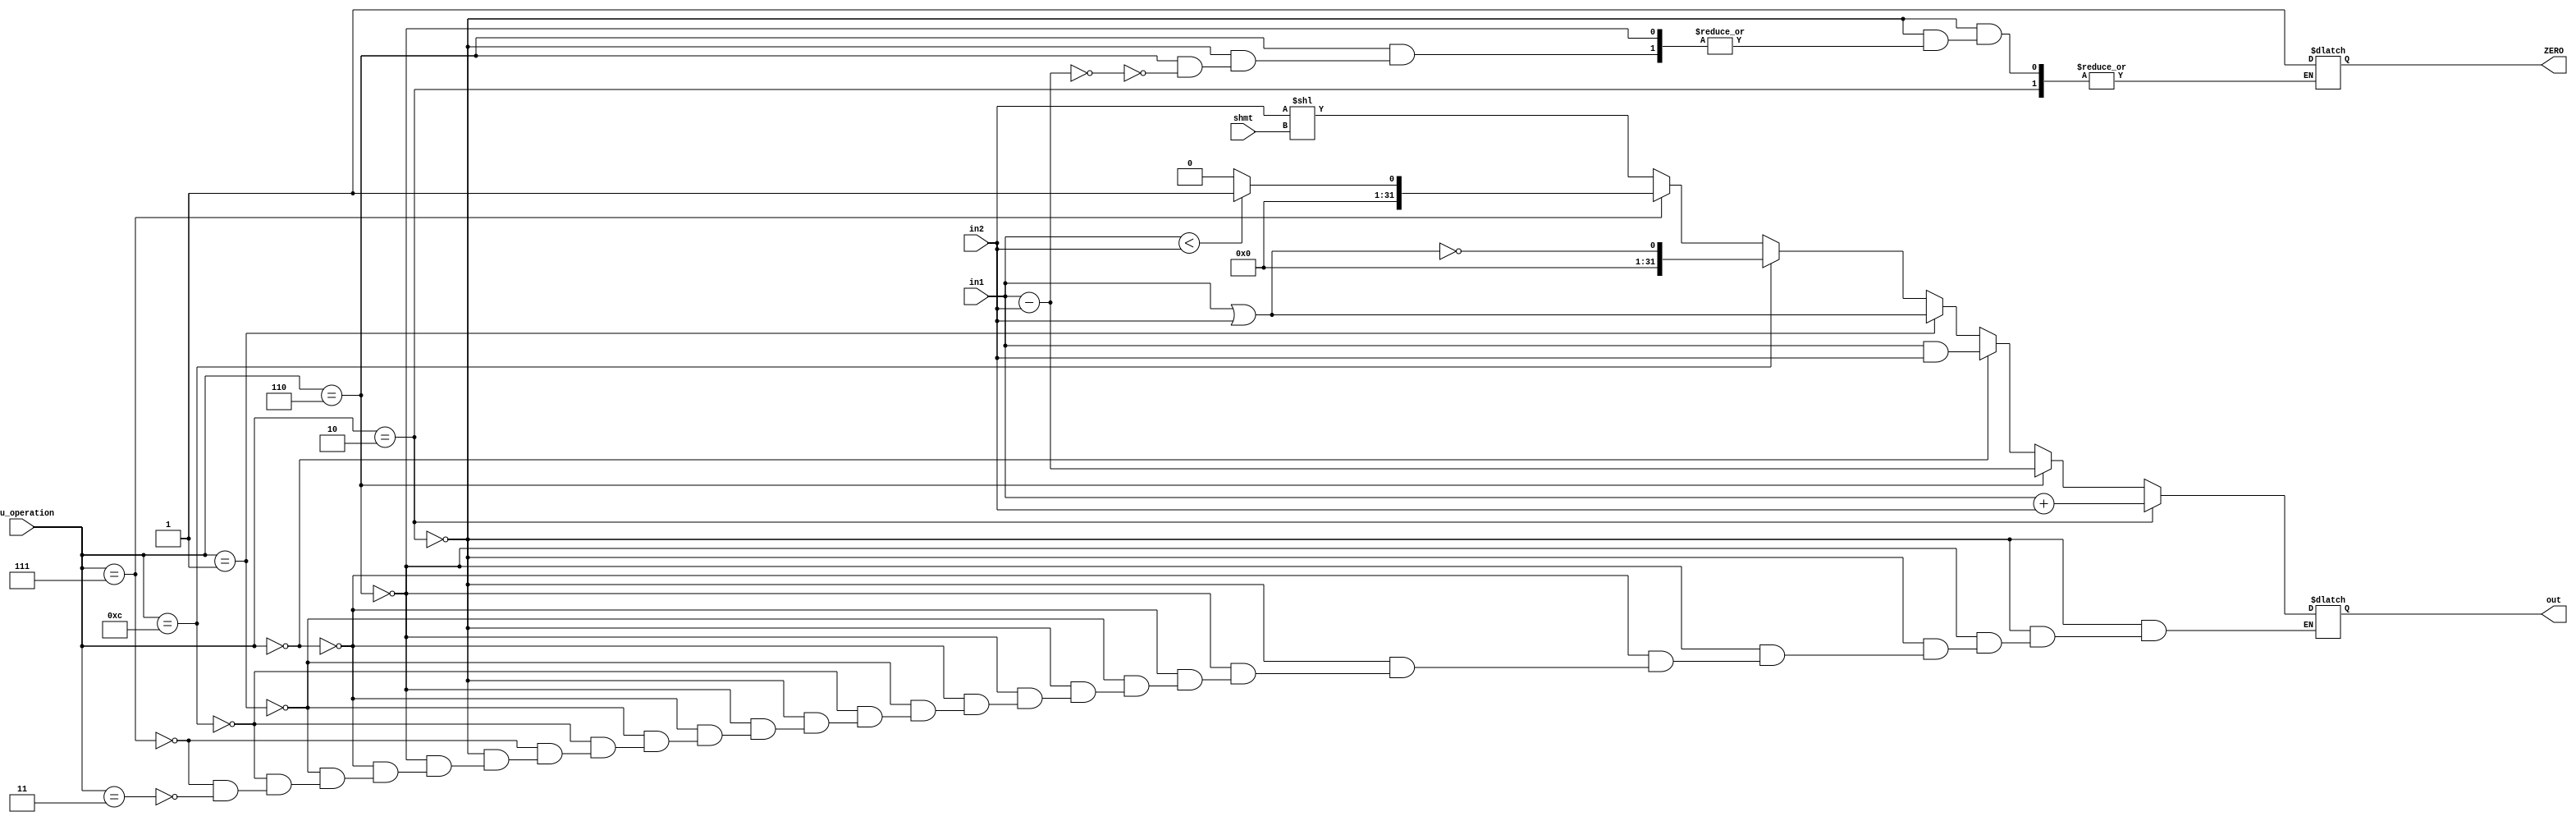
module ALU(out,ZERO,in1,in2,alu_operation,shmt);

	input [31:0]in1;
	input [31:0]in2;
	input [3:0]alu_operation;
	input [4:0]shmt;
	output [31:0]out;
	output ZERO;

	reg [31:0]out;
	reg ZERO = 0;
	/*
	ALU OPERATIONS :
	================
	AND     0000
	OR 		0001
	Add     0010
	Subtract	0110
	Set on less than	0111
	NOR		1100
	Shift left 0011
	*/
	always @(in1 or in2 or alu_operation)
		begin  #5 //delay 
	
			if(alu_operation==4'b0010) 	out=in1+in2; 	//ADD
			
			else if (alu_operation==4'b0110) //subtract 
				begin 
					out=in1-in2; 
					if (out==0) ZERO=1;
				end 	

			else if (alu_operation==4'b0000) out=in1 & in2; // Bitwise AND
			
			else if (alu_operation==4'b0001) out=in1 |in2; // Bitwise OR
			
			else if (alu_operation==4'b1100) out=!(in1|in2); //NOR
			
			else if (alu_operation==4'b0111) // set on less than
				if (in1<in2) out=1;
				else out=0;
			
			else if (alu_operation==4'b0011) out=in2<<shmt; // shiftleft
		end

endmodule